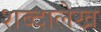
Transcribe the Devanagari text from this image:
शब्दालेख